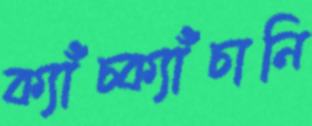
ক্যাঁচ্‌ক্যাঁচানি